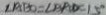
\angle A B O = \angle B A D = 1 5 ^ { \circ }